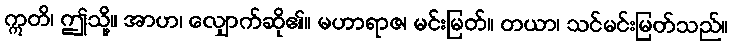
ဣတိ၊ ဤသို့။ အာဟ၊ လျှောက်ဆို၏။ မဟာရာဇ၊ မင်းမြတ်။ တယာ၊ သင်မင်းမြတ်သည်။